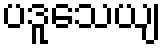
ပဒူသေယျ